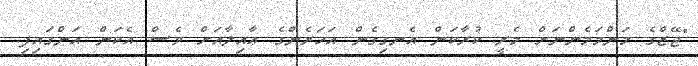
"ޖޭޒްގެ މަންމަމެންނަށް މެރީ ކުރާކަން އެނގިގެން އަހަރެންގެ ޢާއިލާއަށް ވެސް އެކަން އަންގައިފި.